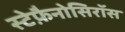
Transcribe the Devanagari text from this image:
स्टेफ़ैनोसिरॉस